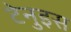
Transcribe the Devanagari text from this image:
टेनुइस